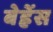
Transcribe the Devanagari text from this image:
बेह्रेंस